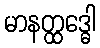
မာနတ္ထဒ္ဓေါ